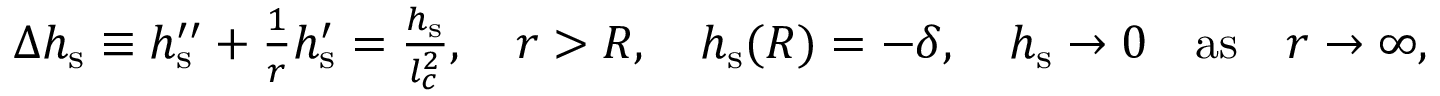
\begin{array} { r } { \Delta h _ { \mathrm { s } } \equiv h _ { \mathrm { s } } ^ { \prime \prime } + \frac { 1 } { r } h _ { \mathrm { s } } ^ { \prime } = \frac { h _ { \mathrm { s } } } { l _ { c } ^ { 2 } } , \quad r > R , \quad h _ { \mathrm { s } } ( R ) = - \delta , \quad h _ { \mathrm { s } } \rightarrow 0 \quad \mathrm { a s } \quad r \rightarrow \infty , } \end{array}